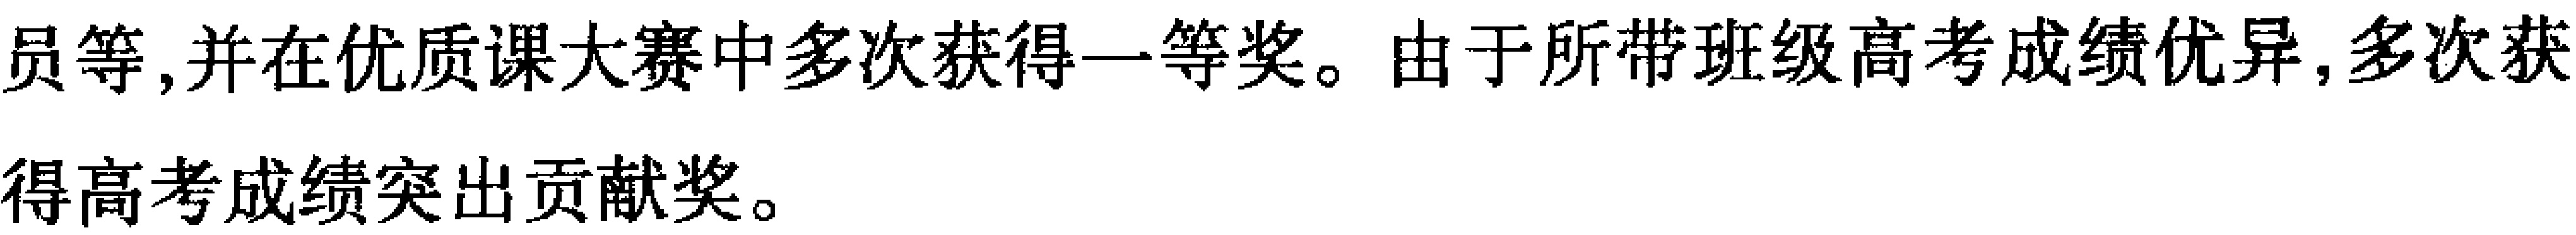
员等,并在优质课大赛中多次获得一等奖。由于所带班级高考成绩优异,多次获得高考成绩突出贡献奖。